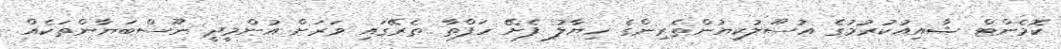
ކޮމެންޓް ޝާއިއުކުރުމުގެ އުސޫލުކިޔުންތެރިންގެ ހިޔާލު ފެށޭ ހަފްތާ ތެރޭގައި ވަރަށް އުންމީދީ ނޫސްބަޔާންތަކެއް